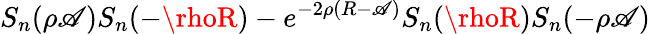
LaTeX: S_{n}(\rho\mathscr{A})S_{n}(-\rhoR)-e^{-2\rho(R-\mathscr{A})}S_{n}(\rhoR)S_{n}(-\rho\mathscr{A})